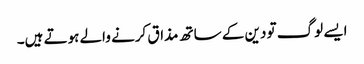
ایسے لوگ تو دین کے ساتھ مذاق کرنے والے ہوتے ہیں۔